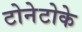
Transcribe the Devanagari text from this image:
टोनेटोके